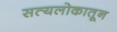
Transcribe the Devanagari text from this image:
सत्यलोकातून